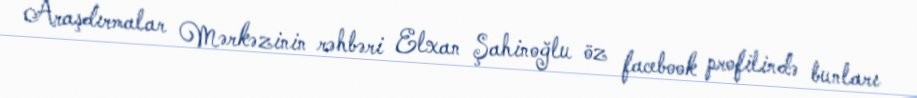
Araşdırmalar Mərkəzinin rəhbəri Elxan Şahinoğlu öz facebook profilində bunları